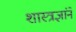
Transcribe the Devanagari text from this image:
शास्त्रज्ञांने